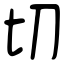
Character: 切